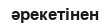
әрекетінен